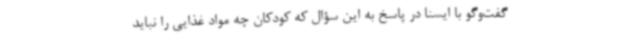
گفت‌وگو با ایسنا در پاسخ به این سؤال که کودکان چه مواد غذایی را نباید